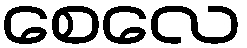
စေလေ